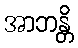
အာဘန္တိ